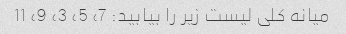
میانه کلی لیست زیر را بیابید: 7، 5، 3، 9، 11